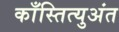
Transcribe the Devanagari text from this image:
काँस्तित्युअंत